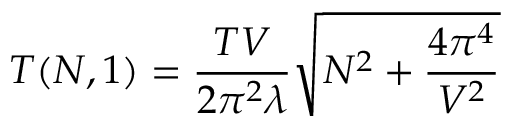
T ( N , 1 ) = \frac { T V } { 2 \pi ^ { 2 } \lambda } \sqrt { N ^ { 2 } + \frac { 4 \pi ^ { 4 } } { V ^ { 2 } } }